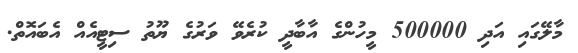
މާލޭގައި އަދި 500000 މީހުންގެ އާބާދީ ކުރެވޭ ވަރުގެ ޔޫތު ސިޓީއެއް އެބައޮތް.